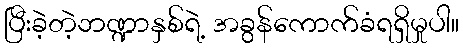
ပြီးခဲ့တဲ့ဘဏ္ဍာနှစ်ရဲ့ အခွန်ကောက်ခံရရှိမှုပါ။